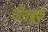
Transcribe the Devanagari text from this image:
वॉशब्रूक